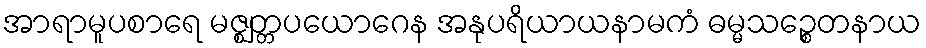
အာရာမူပစာရေ မဇ္ဈတ္တပယောဂေန အနုပရိယာယနာမကံ ဓမ္မသဉ္စေတနာယ